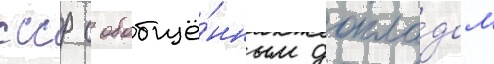
ссср с обобщё́нным докла́дом